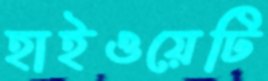
হাইওয়েটি